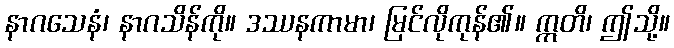
နာဂသေနံ၊ နာဂသိန်ကို။ ဒဿနကာမာ၊ မြင်လိုကုန်၏။ ဣတိ၊ ဤသို့။